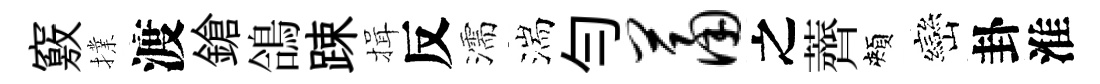
竅擈渡鎗鴿踈揖反濡湍勻萧之薺頰巒卦淮